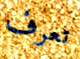
تعرف